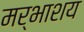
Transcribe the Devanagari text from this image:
मर्भाशय